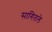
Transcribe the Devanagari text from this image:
सागितले